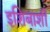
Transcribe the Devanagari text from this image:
इशिबाशी